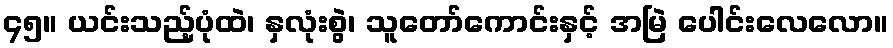
၄၅။ ယင်းသည့်ပုံထဲ၊ နှလုံးစွဲ၊ သူတော်ကောင်းနှင့် အမြဲ ပေါင်းလေလော။